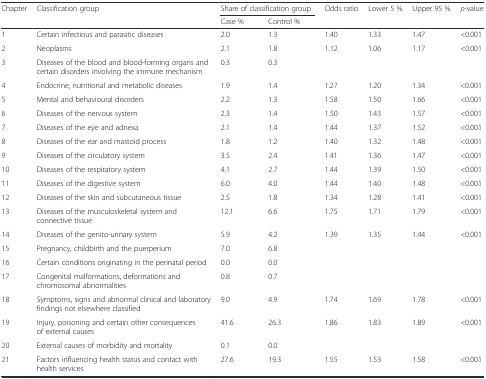
<table><thead><tr><td><b>Chapter</b></td><td><b>Classification group</b></td><td colspan="2"><b>Share of classification group</b></td><td><b>Odds ratio</b></td><td><b>Lower 5 %</b></td><td><b>Upper 95 %</b></td><td><b><i>p</i>-value</b></td></tr><tr><td></td><td></td><td><b>Case %</b></td><td><b>Control %</b></td><td></td><td></td><td></td><td></td></tr></thead><tbody><tr><td>1</td><td>Certain infectious and parasitic diseases</td><td>2.0</td><td>1.3</td><td>1.40</td><td>1.33</td><td>1.47</td><td>&lt;0.001</td></tr><tr><td>2</td><td>Neoplasms</td><td>2.1</td><td>1.8</td><td>1.12</td><td>1.06</td><td>1.17</td><td>&lt;0.001</td></tr><tr><td>3</td><td>Diseases of the blood and blood-forming organs and certain disorders involving the immune mechanism</td><td>0.3</td><td>0.3</td><td></td><td></td><td></td><td></td></tr><tr><td>4</td><td>Endocrine, nutritional and metabolic diseases</td><td>1.9</td><td>1.4</td><td>1.27</td><td>1.20</td><td>1.34</td><td>&lt;0.001</td></tr><tr><td>5</td><td>Mental and behavioural disorders</td><td>2.2</td><td>1.3</td><td>1.58</td><td>1.50</td><td>1.66</td><td>&lt;0.001</td></tr><tr><td>6</td><td>Diseases of the nervous system</td><td>2.3</td><td>1.4</td><td>1.50</td><td>1.43</td><td>1.57</td><td>&lt;0.001</td></tr><tr><td>7</td><td>Diseases of the eye and adnexa</td><td>2.1</td><td>1.4</td><td>1.44</td><td>1.37</td><td>1.52</td><td>&lt;0.001</td></tr><tr><td>8</td><td>Diseases of the ear and mastoid process</td><td>1.8</td><td>1.2</td><td>1.40</td><td>1.32</td><td>1.48</td><td>&lt;0.001</td></tr><tr><td>9</td><td>Diseases of the circulatory system</td><td>3.5</td><td>2.4</td><td>1.41</td><td>1.36</td><td>1.47</td><td>&lt;0.001</td></tr><tr><td>10</td><td>Diseases of the respiratory system</td><td>4.1</td><td>2.7</td><td>1.44</td><td>1.39</td><td>1.50</td><td>&lt;0.001</td></tr><tr><td>11</td><td>Diseases of the digestive system</td><td>6.0</td><td>4.0</td><td>1.44</td><td>1.40</td><td>1.48</td><td>&lt;0.001</td></tr><tr><td>12</td><td>Diseases of the skin and subcutaneous tissue</td><td>2.5</td><td>1.8</td><td>1.34</td><td>1.28</td><td>1.41</td><td>&lt;0.001</td></tr><tr><td>13</td><td>Diseases of the musculoskeletal system and connective tissue</td><td>12.1</td><td>6.6</td><td>1.75</td><td>1.71</td><td>1.79</td><td>&lt;0.001</td></tr><tr><td>14</td><td>Diseases of the genito-urinary system</td><td>5.9</td><td>4.2</td><td>1.39</td><td>1.35</td><td>1.44</td><td>&lt;0.001</td></tr><tr><td>15</td><td>Pregnancy, childbirth and the puerperium</td><td>7.0</td><td>6.8</td><td></td><td></td><td></td><td></td></tr><tr><td>16</td><td>Certain conditions originating in the perinatal period</td><td>0.0</td><td>0.0</td><td></td><td></td><td></td><td></td></tr><tr><td>17</td><td>Congenital malformations, deformations and chromosomal abnormalities</td><td>0.8</td><td>0.7</td><td></td><td></td><td></td><td></td></tr><tr><td>18</td><td>Symptoms, signs and abnormal clinical and laboratory findings not elsewhere classified</td><td>9.0</td><td>4.9</td><td>1.74</td><td>1.69</td><td>1.78</td><td>&lt;0.001</td></tr><tr><td>19</td><td>Injury, poisoning and certain other consequences of external causes</td><td>41.6</td><td>26.3</td><td>1.86</td><td>1.83</td><td>1.89</td><td>&lt;0.001</td></tr><tr><td>20</td><td>External causes of morbidity and mortality</td><td>0.1</td><td>0.0</td><td></td><td></td><td></td><td></td></tr><tr><td>21</td><td>Factors influencing health status and contact with health services</td><td>27.6</td><td>19.3</td><td>1.55</td><td>1.53</td><td>1.58</td><td>&lt;0.001</td></tr></tbody></table>